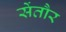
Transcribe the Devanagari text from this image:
सेंतौर